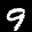
Label: 9